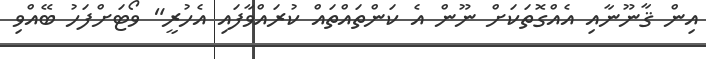
އިން ޤާނޫނާއި އެއްގޮތަކަށް ނޫން އެ ކަންތައްތައް ކުރައްވާފައި އެހުރީ" ވޯޓަށްފަހު ބޭއްވި